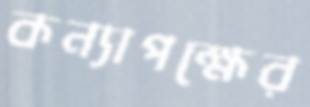
কন্যাপক্ষের